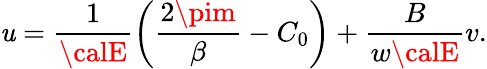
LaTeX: \mathit{u}=\frac{{1}}{{{\calE}}}\left(\frac{{2\pim}}{{\beta}}-C_{0}\right)+\frac{{B}}{{w{\calE}}}v.